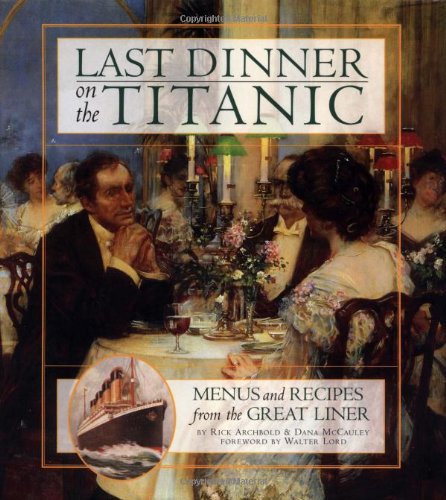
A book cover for Last Dinner On the Titanic: Menus and Recipes from the Great Liner; Rick Archbold; Arts & Photography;